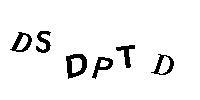
DSDPTD